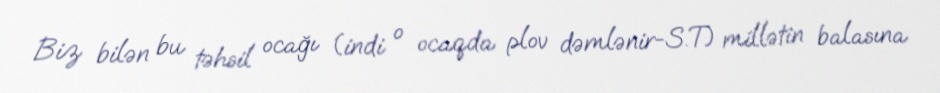
Biz bilən bu təhsil ocağı (indi o ocaqda plov dəmlənir-S.T) millətin balasına